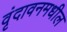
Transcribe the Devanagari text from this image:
वृंदावनमधील